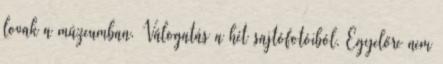
lovak a múzeumban. Válogatás a hét sajtófotóiból. Egyelőre nem